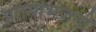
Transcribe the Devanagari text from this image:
प्रतमाभंजनी